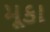
મૂકા